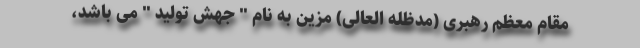
مقام معظم رهبری (مدظله العالی) مزین به نام " جهش تولید " می باشد،